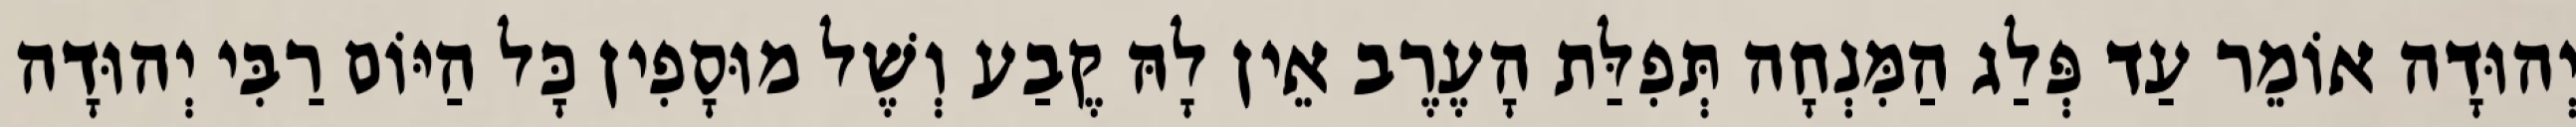
יְהוּדָה אוֹמֵר עַד פְּלַג הַמִּנְחָה תְּפִלַּת הָעֶרֶב אֵין לָהּ קֶבַע וְשֶׁל מוּסָפִין כָּל הַיּוֹם רַבִּי יְהוּדָה